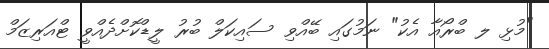
"މުޅި ލ ބްރޯއާ އެކު" ނަމުގައި ބޭއްވި ސައިކަލް ބުރު ލީޑްކޮށްދެއްވީ ޓްއަރިޒަމް